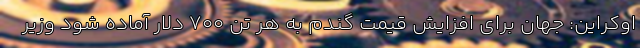
اوکراین: جهان برای افزایش قیمت گندم به هر تن 700 دلار آماده شود وزیر